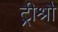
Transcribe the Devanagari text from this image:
ट्रीश्रौ